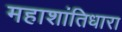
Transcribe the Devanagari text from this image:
महाशांतिधारा